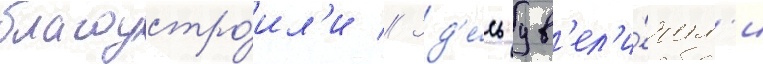
благоустро́ил'и // Зд'е́сь ув'ел'и́чил'и